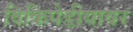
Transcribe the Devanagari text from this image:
विकिपेडीयावर